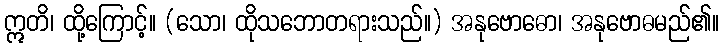
ဣတိ၊ ထို့ကြောင့်။ (သော၊ ထိုသဘောတရားသည်။) အနုဗောဓော၊ အနုဗောဓမည်၏။